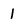
Character: 1